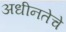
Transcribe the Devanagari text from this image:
अधीनतेचे